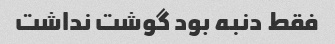
فقط دنبه بود گوشت نداشت